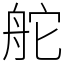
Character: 舵